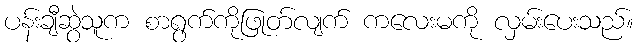
ပန်းချီဆွဲသူက စာရွက်ကိုဖြုတ်လျက် ကလေးမကို လှမ်းပေးသည်။